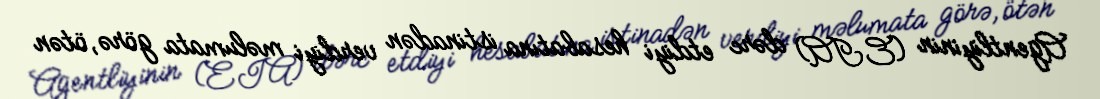
Agentliyinin (EIA) dərc etdiyi hesabatına istinadən verdiyi məlumata görə, ötən